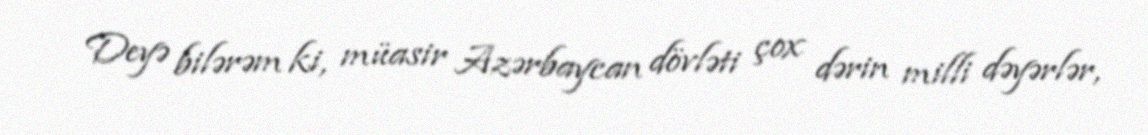
Deyə bilərəm ki, müasir Azərbaycan dövləti çox dərin milli dəyərlər,